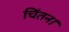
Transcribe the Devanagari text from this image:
चिंतन।